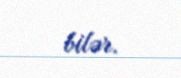
bilər.